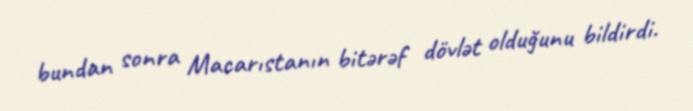
bundan sonra Macarıstanın bitərəf dövlət olduğunu bildirdi.